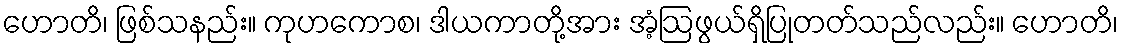
ဟောတိ၊ ဖြစ်သနည်း။ ကုဟကောစ၊ ဒါယကာတို့အား အံ့ဩဖွယ်ရှိပြုတတ်သည်လည်း။ ဟောတိ၊